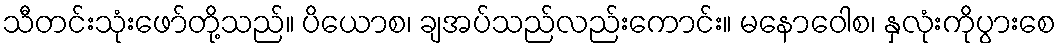
သီတင်းသုံးဖော်တို့သည်။ ပိယောစ၊ ချအပ်သည်လည်းကောင်း။ မနောဝေါစ၊ နှလုံးကိုပွားစေ